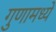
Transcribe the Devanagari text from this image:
गुणामध्ये